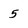
Character: 5